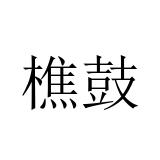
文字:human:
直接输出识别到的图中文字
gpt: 樵鼓